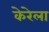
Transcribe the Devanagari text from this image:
केरेला